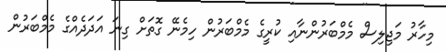
މިހާރު މަޖިލިސް މެމްބަރުންނާއި ކުރީގެ މެމްބަރުން ހިމެނޭ ގޮތަށް ގިނަ އަދަދެއްގެ މެމްބަރުން